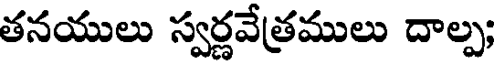
తనయులు స్వర్ణవేత్రములు దాల్ప;